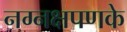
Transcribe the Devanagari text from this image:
नग्नक्षपणके